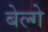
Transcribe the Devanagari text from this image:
बेल्गे